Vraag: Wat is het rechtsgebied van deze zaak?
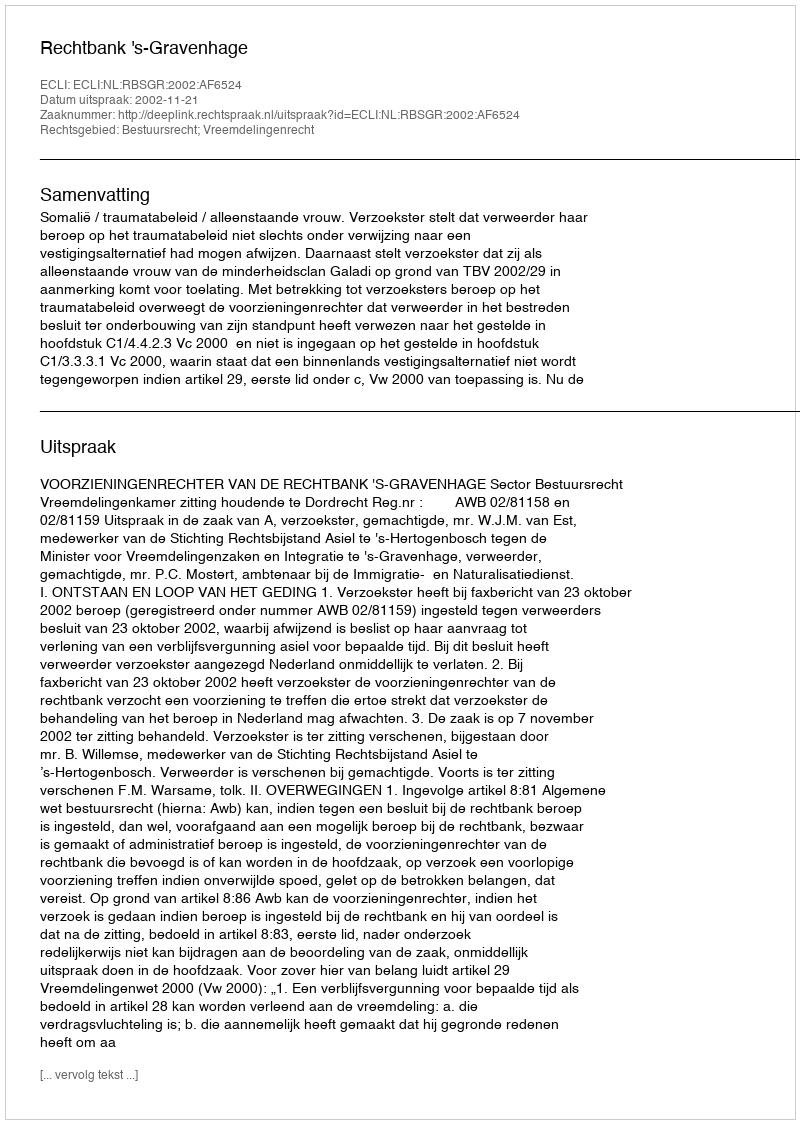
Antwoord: Bestuursrecht; Vreemdelingenrecht